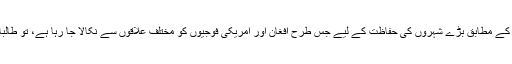
واشنگٹن کی نئی حکمت عملی کے مطابق بڑے شہروں کی حفاظت کے لیے جس طرح افغان اور امریکی فوجیوں کو مختلف علاقوں سے نکالا جا رہا ہے، تو طالبان اس خلا کو پُر کر رہے ہیں۔